King Institute of Preventive Medicine Micro-Biological Section reports 1912-19
Year: 1912
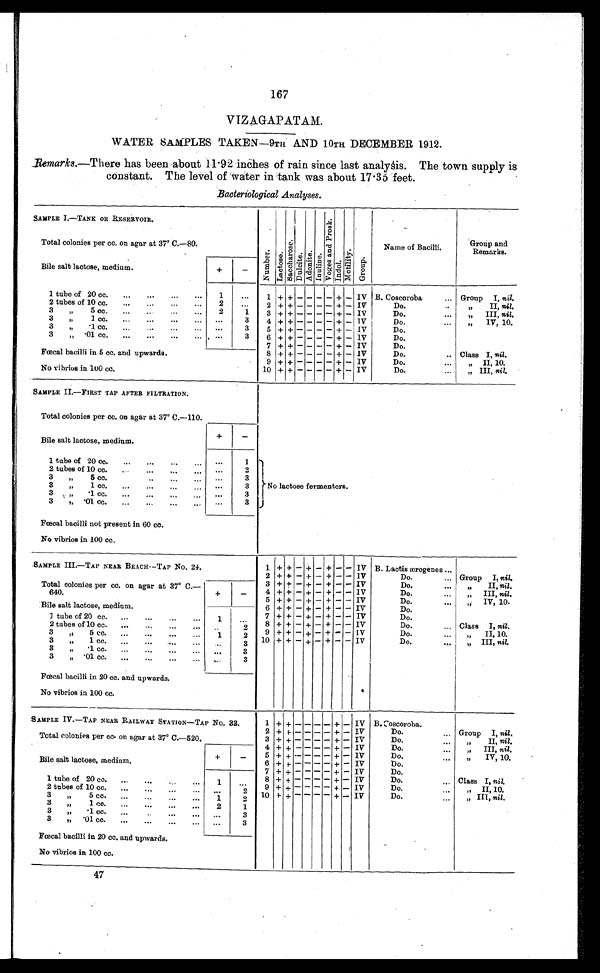
167
VIZAGAPATAM.
WATER SAMPLES TAKEN—9TH AND 10TH DECEMBER 1912.
Remarks.—There has been about 11.92 inches of rain since last analysis. The town supply is
constant. The level of water in tank was about 17.35 feet.
Bacteriological Analyses.
SAMPLE I.—TANK OK RESERVOIR.
Nu mb e r . L a c t o s e .
S a c c h a r o s e .
Dulcite.
Ad o n i t e .
I nul i n. e .
V o g e s a n d P r o s k .
Indol .
Mot i l i t y. Gr o u p .
Name of Bacilli.
Group and
Remarks.
Total colonies per cc. on agar at 37° C.—80.
Bile salt lactose, medium.
+
-
1 tube of 20 cc...
... ...
1
...
1 + + - - - - + - IV B. Coscoroba
... Group I, nil.
2 tubes of 10 cc.
...
...
...
...
2
...
2 + + - - - - + - IV
Do.
„
II, nil.
3„ 5 cc. ...
... ...
2
1
3 + + - - - - + - IV
Do.
,,
III,
nil.
3
,,
1 cc. ... ... ... ...
...
3
4 + + - - - - + - 1V
Do.
...
„
IV, 10.
3
„
.1 cc.
...
...
...
...
3
5 + + - - - - + - IV
Do.
3
„
.01 cc.
...
...
...
...
...
3
6 + + - - - - + - IV
Do.
7 + +
- - - - + - IV
Do.
Fœcal bacilli in 5 cc. and upwards.
8 + + - - - - + - IV
Do.
.. Class I, nil.
9
+ + - - - - + - IV
Do.
...
„ I I , 10.
No vibrios in 100 cc.
10 + + - - - - + - IV
Do.
...
,, III, nil.
SAMPLE II.—FIRST TAP AFTER FILTRATION.
Total colonies per cc. on agar at 37° C.—110.
No lactose fermenters.
Bile salt lactose, medium.
+
-
1 tube of 20 cc.
... ... ...
1
2 tubes of 10 cc.
..
...
...
... ...
2
3
„ 5 cc.
..
...
...
3
3
,,
1 cc.
...
...
...
3
3
,,
.1 cc.
...
...
...
3
3
,,
.01 cc. ... ...
... ... ...
3
Fœcal bacilli not present in 60 cc.
No vibrios in 100 cc.
SAMPLE III.—TAP NEAR BEACH—TAP No. 24 .
1 + + - + - + - - IV B. Lactis ærogenes ...
2 + + - + - + - - IV
Do.
... Group I, nil.
Total colonies per cc. on agar at 37° C.
—640.
3 + + - + - + - - IV
Do.
...
„
,
II nil.
4 + + - + - + - - IV
Do.
,,
III,
nil.
5
+ + - + - +
- - IV
Do.
,,
IV,
10.
Bile salt lactose, medium.
+
_-
6 + + - + - + - - IV
Do.
1
tube of 20 cc.
1
. . .
7 + + - + - + - - IV
Do.
. .
2
8 + + - + - + - - IV
Do.
... Class I, n i l .
3
,,
5 cc.
...
...
...
...
1
2
9 + + - + - + - - IV
Do.
,,
II,
10.
3
,,
1 cc.
...
...
...
. . .
. . .
3
10 + + - + - + - - IV
Do.
,,
III,
nil.
3
„
.1 cc.
...
...
...
...
...
3
3
„ .01 cc.
. . .
3
Fœcal bacilli in 20 cc. and upwards.
No vibrios in 100 cc.
SAMPLE IV.—TAP NEAR RAILWAY STATION-TAP NO . 33.
1 + + - - - - +
- IV B. Coscoroba.
2 + + - - - - + - IV
Do.
... Group I, nil.
Total colonies per cc. on agar at 37° C.—520.
3 + + - - - - + - IV
Do.
..,
„
II, nil.
4 + +
- - - - + - IV
Do.
,,
III,
nil.
Bile salt lactose, medium.
+
- 5
+ + - - - - +
- IV
Do.
...
„
IV, 10.
6 + + - - - - + - IV
Do.
7
+ + -
- - - +
- IV
Do.
1 t u b e o f 2 0 c c . . . . . . . . . . . . . .
1
. . . 8 + +
-
- +
- IV
Do.
... Class I, n i l .
2 tubes of 10 cc.
. . .
2
9 + + - - - - + - IV
Do.
...
, , I I , 1 0 .
3 , ,
5 c c .
. . .
. , .
. . .
. . .
1
2
10
+ + - - - - + - IV
Do.
...
„ III, nil.
3
,,
1 cc.
...
...
...
...
2
1
3
,,
.1 cc.
...
...
. . .
. . .
3
3
,,
.01 co.
...
...
...
...
...
3
Fœcal bacilli in 20 cc. and upwards.
No vibrios in 100 cc.
47